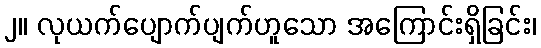
၂။ လုယက်ပျောက်ပျက်ဟူသော အကြောင်းရှိခြင်း၊